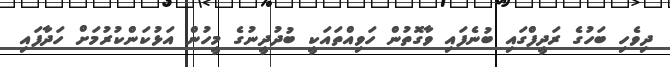
ދިވެހި ބަހުގެ ރަދީފްގައި ބުނެފައި ވާގޮތުން ހަވިއްތައަކީ ބުދުދީނުގެ މީހުން އަޅުކަންކުރުމަށް ހަދާފައި